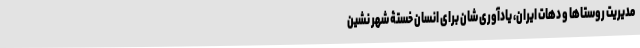
مدیریت روستاها و دهات ایران، یادآوری شان برای انسان خستۀ شهر نشین